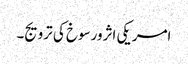
امریکی اثرورسوخ کی ترویج۔